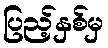
ပြည့်နှစ်မှ